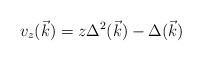
\begin{align*}v_{z}(\vec{k}) = z \Delta^{2}(\vec{k}) - \Delta (\vec{k})\end{align*}